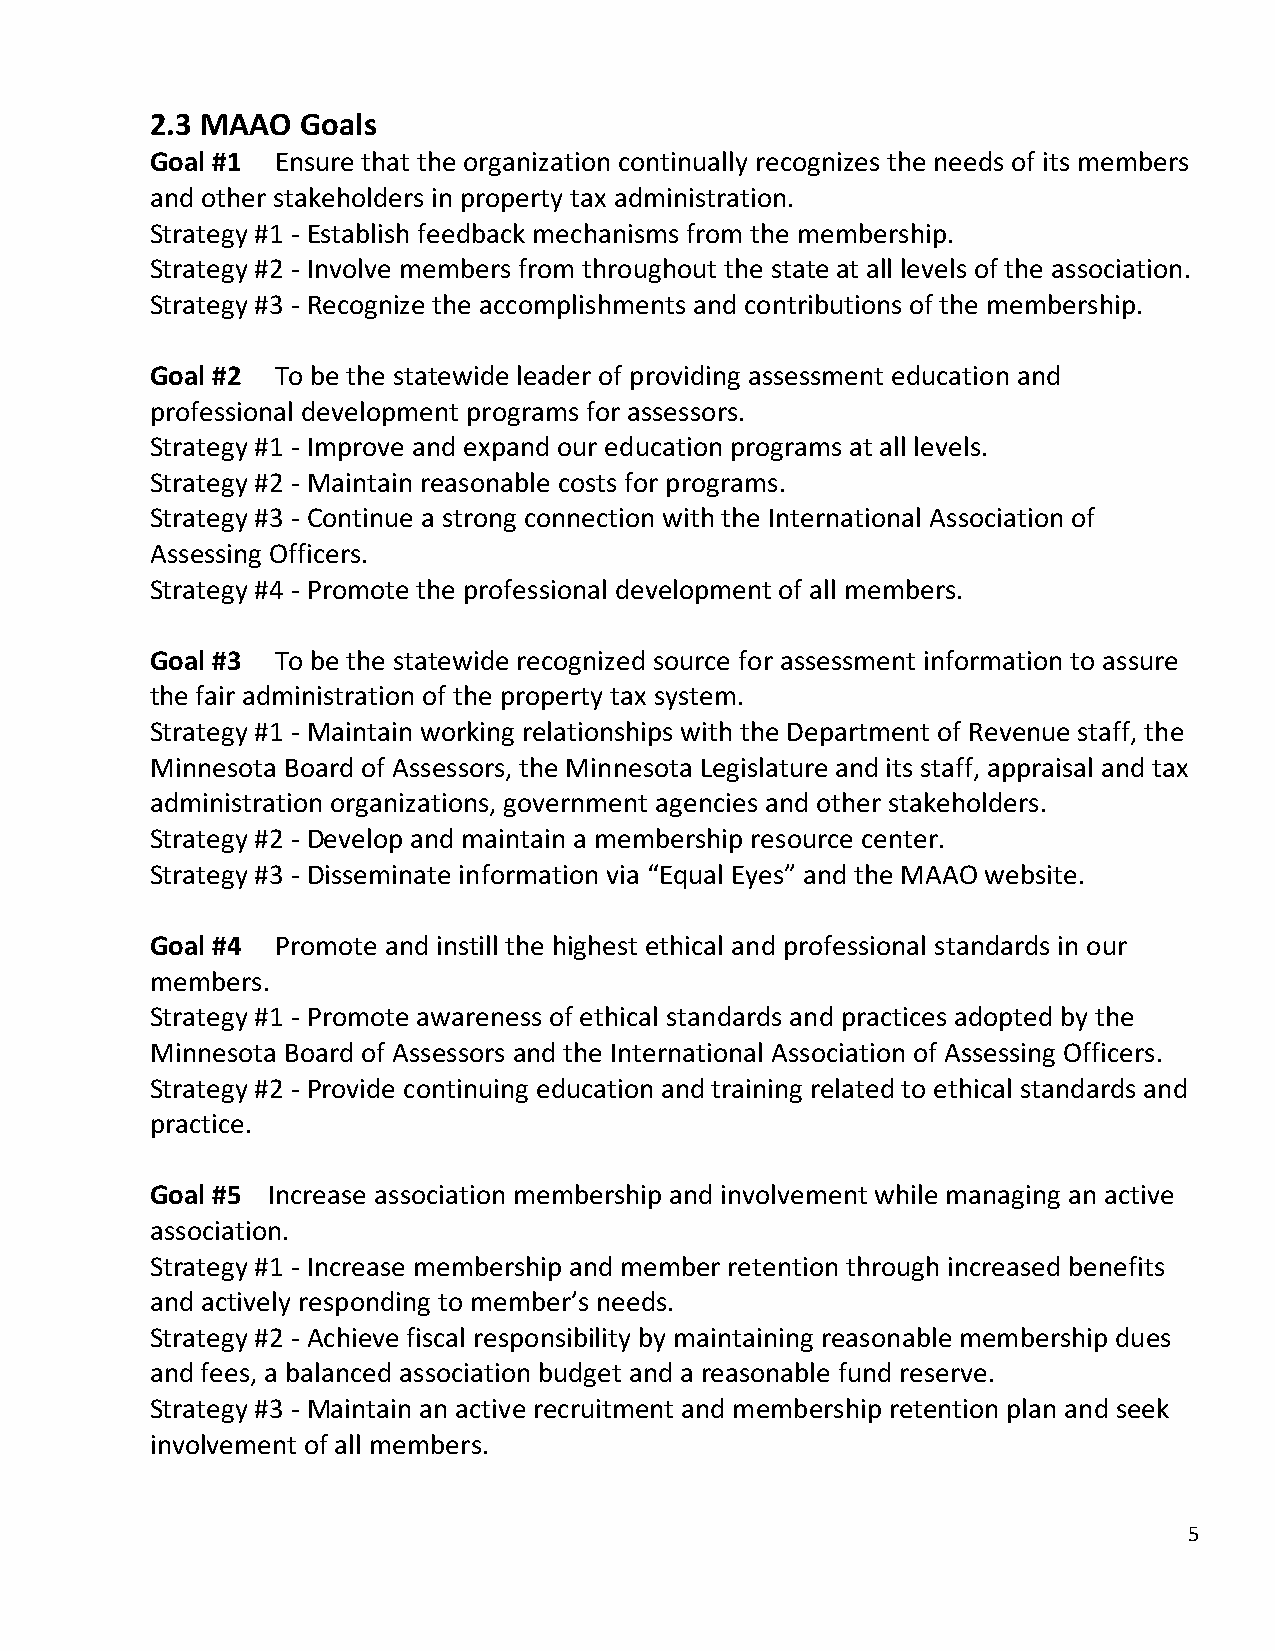
2.3 MAAO  Goals
 Goal #1 Ensure that the organization continually recognizes the needs of its members
 and other stakeholders in property tax administration.
 Strategy #1 - Establish feedback mechanisms from the membership.
 Strategy #2 - Involve members from throughout the state at all levels of the association.
 Strategy #3 - Recognize the accomplishments and contributions of the membership.
 Goal #2 To be the statewide leader of providing assessment education and
 professional development programs for assessors.
 Strategy #1 - Improve and expand our education programs at all levels.
 Strategy #2 - Maintain reasonable costs for programs.
 Strategy #3 - Continue a strong connection with the International Association of
 Assessing Officers.
 Strategy #4 - Promote the professional development of all members.
 Goal #3 To be the statewide recognized source for assessment information to assure
 the fair administration of the property tax system.
 Strategy #1 - Maintain working relationships with the Department of Revenue staff, the
 Minnesota Board of Assessors, the Minnesota Legislature and its staff, appraisal and tax
 administration organizations, government agencies and other stakeholders.
 Strategy #2 - Develop and maintain a membership resource center.
 Strategy #3 - Disseminate information via “Equal Eyes” and the MAAO website.
 Goal #4 Promote and instill the highest ethical and professional standards in our
 members.
 Strategy #1 - Promote awareness of ethical standards and practices adopted by the
 Minnesota Board of Assessors and the International Association of Assessing Officers.
 Strategy #2 - Provide continuing education and training related to ethical standards and
 practice.
 Goal #5 Increase association membership and involvement while managing an active
 association.
 Strategy #1 - Increase membership and member retention through increased benefits
 and actively responding to member’s needs.
 Strategy #2 - Achieve fiscal responsibility by maintaining reasonable membership dues
 and fees, a balanced association budget and a reasonable fund reserve.
 Strategy #3 - Maintain an active recruitment and membership retention plan and seek
 involvement of all members.
 5